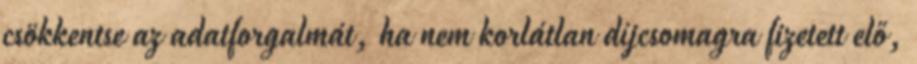
csökkentse az adatforgalmát, ha nem korlátlan díjcsomagra fizetett elő,